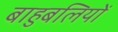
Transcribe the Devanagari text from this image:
बाहुबलियों